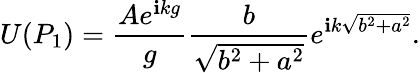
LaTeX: U(P_{1})={\frac{Ae^{\mathbf{i}kg}}{g}}{\frac{b}{\sqrt{b^{2}+a^{2}}}}e^{\mathbf{i}k{\sqrt{b^{2}+a^{2}}}}.